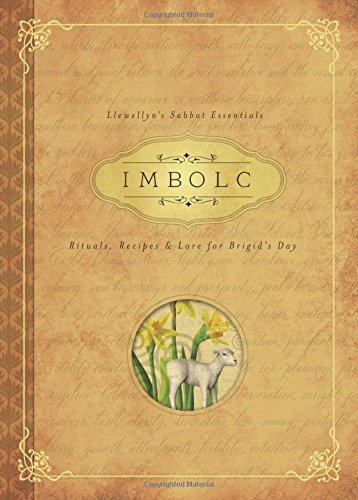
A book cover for Imbolc: Rituals, Recipes & Lore for Brigid's Day (Llewellyn's Sabbat Essentials); Carl F. Neal; Religion & Spirituality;